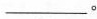
___。